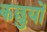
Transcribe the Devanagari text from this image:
कछुयों